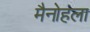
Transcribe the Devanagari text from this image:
मैनोहला